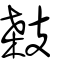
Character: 𢻚